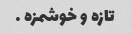
تازه و خوشمزه …